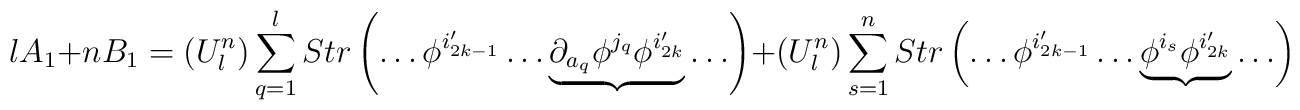
lA_1+nB_1=(U^n_l)\sum_{q=1}^{l} Str\left(\ldots \phi^{i_{2k-1}'}\ldots \underbrace{\partial_{a_q}\phi^{j_q}\phi^{i_{2k}'}}\ldots \right)+(U^n_l)\sum_{s=1}^{n} Str\left(\ldots \phi^{i_{2k-1}'}\ldots \underbrace{\phi^{i_s}\phi^{i_{2k}'}}\ldots \right)